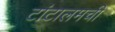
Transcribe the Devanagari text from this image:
टांटालमची